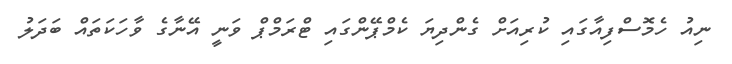
ނިއު ހެމޮސްފިއާގައި ކުރިއަށް ގެންދިޔަ ކެމްޕޭންގައި ޓްރަމްޕް ވަނީ އޭނާގެ ވާހަކަތައް ބަދަލު